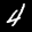
Label: 4